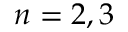
n = 2 , 3